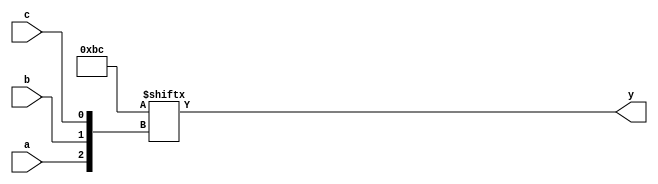
module hybrid_minimization (
    input wire a,      // Input variable A
    input wire b,      // Input variable B
    input wire c,      // Input variable C
    output wire y      // Output
);

// Internal signals for MUX selection
wire [7:0] mux_inputs; // 8 inputs for 3-variable MUX
wire sel0, sel1, sel2; // MUX select lines

// Truth table mapping for the function (example: F(A,B,C) = A'B + AC + BC')
assign mux_inputs[0] = 1'b0; // F(0,0,0) = 0
assign mux_inputs[1] = 1'b0; // F(0,0,1) = 0
assign mux_inputs[2] = 1'b1; // F(0,1,0) = 1
assign mux_inputs[3] = 1'b1; // F(0,1,1) = 1
assign mux_inputs[4] = 1'b1; // F(1,0,0) = 1
assign mux_inputs[5] = 1'b1; // F(1,0,1) = 1
assign mux_inputs[6] = 1'b0; // F(1,1,0) = 0
assign mux_inputs[7] = 1'b1; // F(1,1,1) = 1

// MUX implementation
assign sel0 = {a, b}; // Select lines for MUX
assign sel1 = c;

// 8-to-1 MUX to select output based on inputs
assign y = mux_inputs[{a, b, c}]; // Directly using the truth table mapping

endmodule